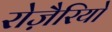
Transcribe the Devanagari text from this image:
रोज़ैरियो